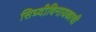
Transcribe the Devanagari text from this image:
सिघ्दीविनायकाची